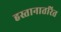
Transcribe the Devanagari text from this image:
हस्तानातरित